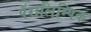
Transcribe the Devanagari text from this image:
पॅरालिम्पिक